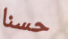
حسنا